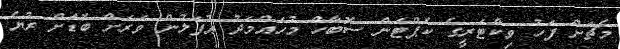
މެޗަށް ފަހު ވިކްޓަރީގެ ކެޕްޓަން ސޮބާހް މުހައްމަދު އުފަލުން ވަރަށް ބޮޑަށް ރުޔެ